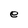
Character: e